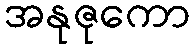
အနုဇုကော